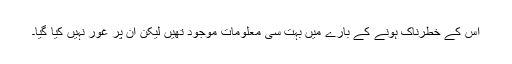
اس کے خطرناک ہونے کے بارے میں بہت سی معلومات موجود تھیں لیکن ان پر غور نہیں کیا گیا۔